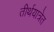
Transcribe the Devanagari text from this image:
तीर्थयात्रेत